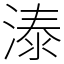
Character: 溙